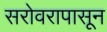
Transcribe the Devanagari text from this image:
सरोवरापासून